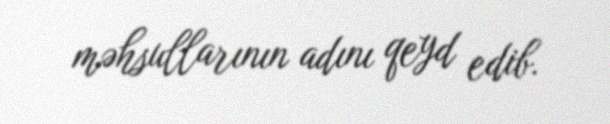
məhsullarının adını qeyd edib.